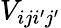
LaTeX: V_{iji^{\prime}j^{\prime}}